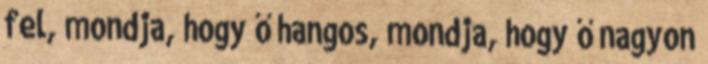
fel, mondja, hogy ő hangos, mondja, hogy ő nagyon